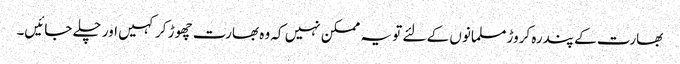
بھارت کے پندرہ کروڑ مسلمانوں کے لئے تو یہ ممکن نہیں کہ وہ بھارت چھوڑ کر کہیں اور چلے جائیں۔